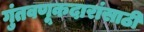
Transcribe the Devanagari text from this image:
गुंतवणूकदारांसाठी